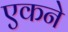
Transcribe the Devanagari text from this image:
एकने